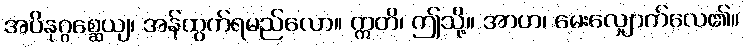
အပိနုဂ္ဂစ္ဆေယျ၊ အန်ထွက်ရမည်လော။ ဣတိ၊ ဤသို့။ အာဟ၊ မေးလျှောက်လေ၏။